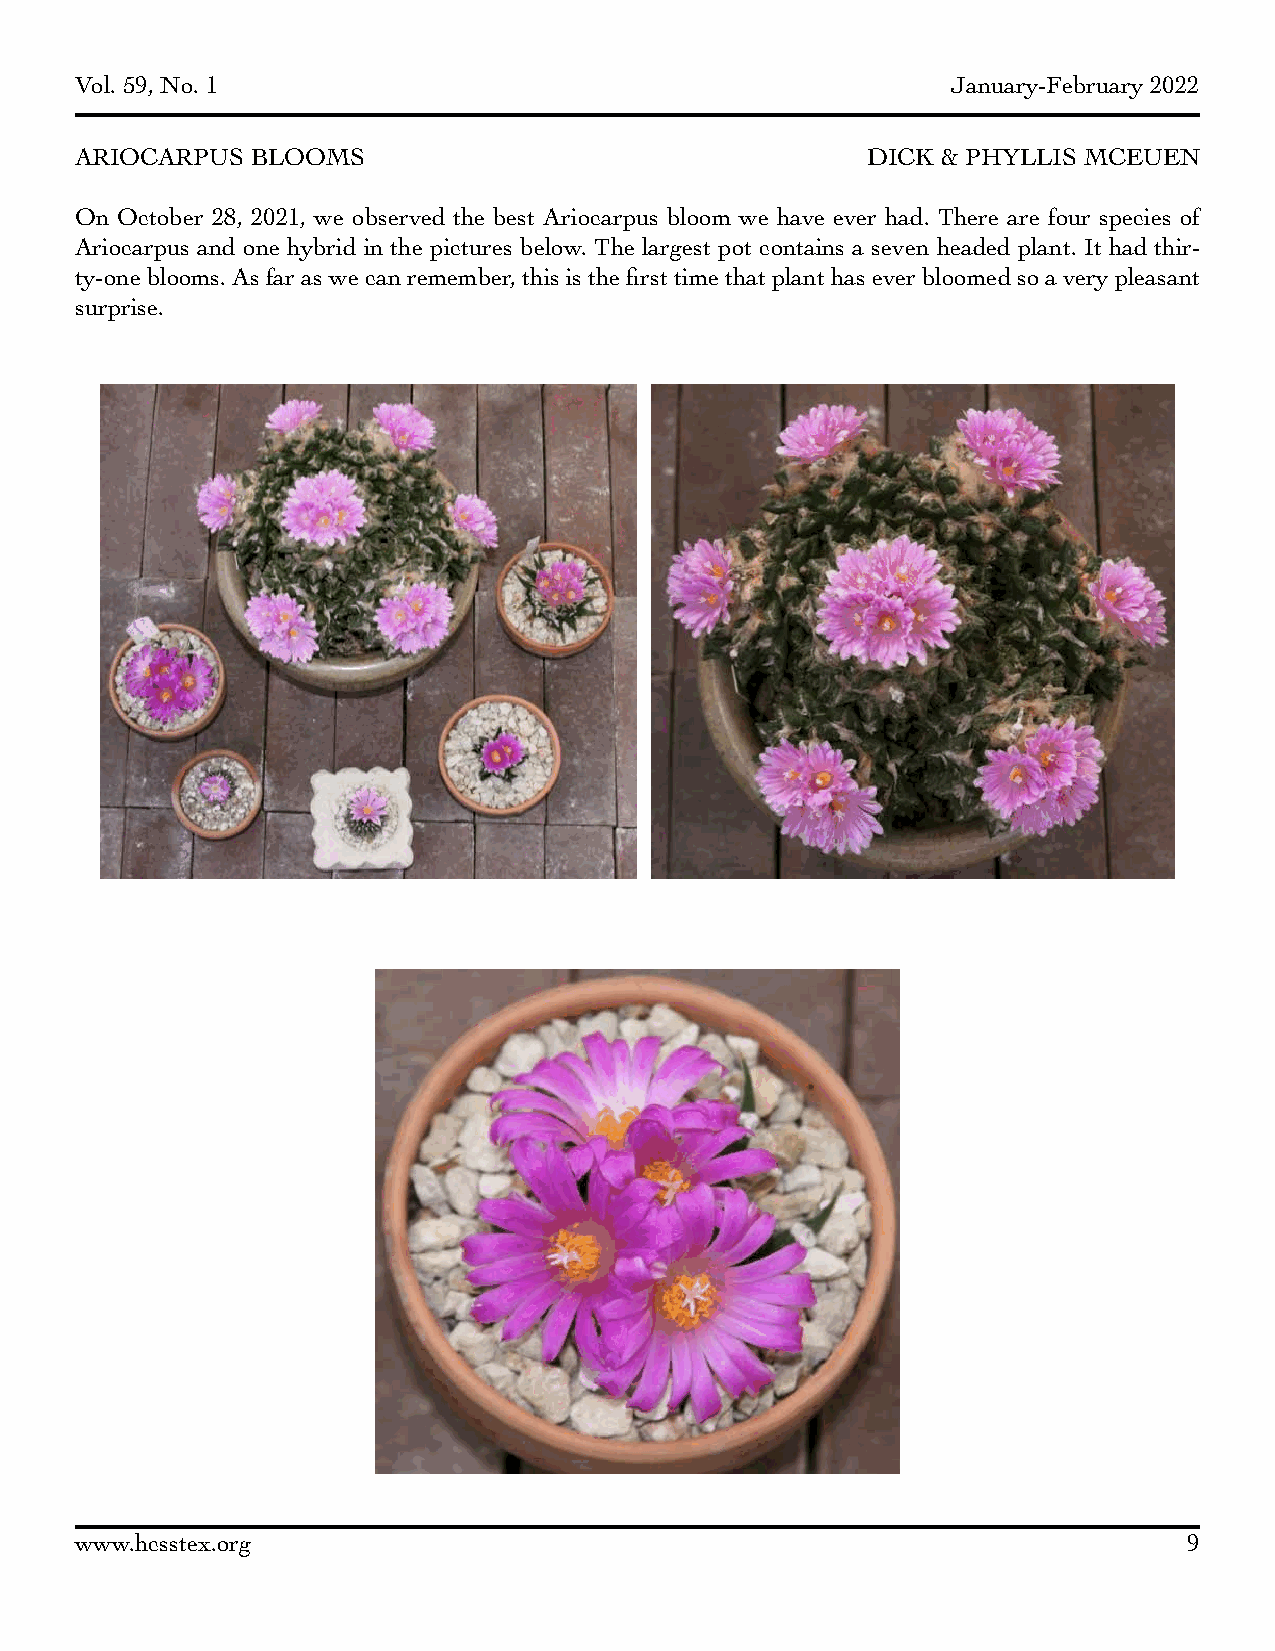
Vol. 59, No. 1                                            January-February 2022
 ARIOCARPUS  BLOOMS                                  DICK & PHYLLIS MCEUEN
 On October 28, 2021, we observed the best Ariocarpus bloom we have ever had. There are four species of
 Ariocarpus and one hybrid in the pictures below. The largest pot contains a seven headed plant. It had thir-
 ty-one blooms. As far as we can remember, this is the first time that plant has ever bloomed so a very pleasant
 surprise.
 www.hcsstex.org                                                           9